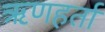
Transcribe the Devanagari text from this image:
ऋणहर्ता